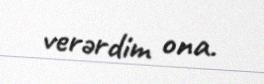
verərdim ona.